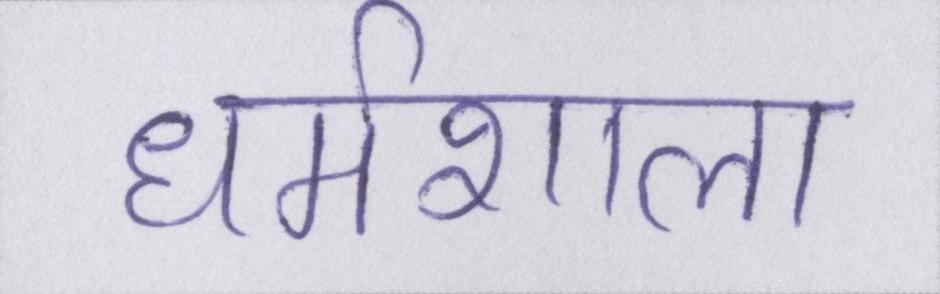
धर्मशाला